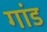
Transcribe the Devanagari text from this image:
गांड